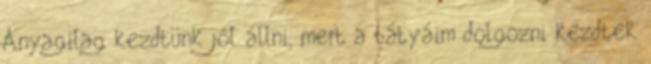
Anyagilag kezdtünk jól állni, mert a bátyáim dolgozni kezdtek